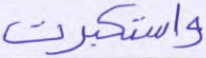
واستكبرت